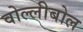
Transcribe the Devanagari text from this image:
वोल्लीबोल